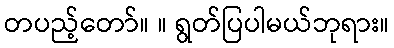
တပည့်တော်။ ။ ရွတ်ပြပါမယ်ဘုရား။